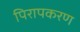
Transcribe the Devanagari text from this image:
पिरापकरण